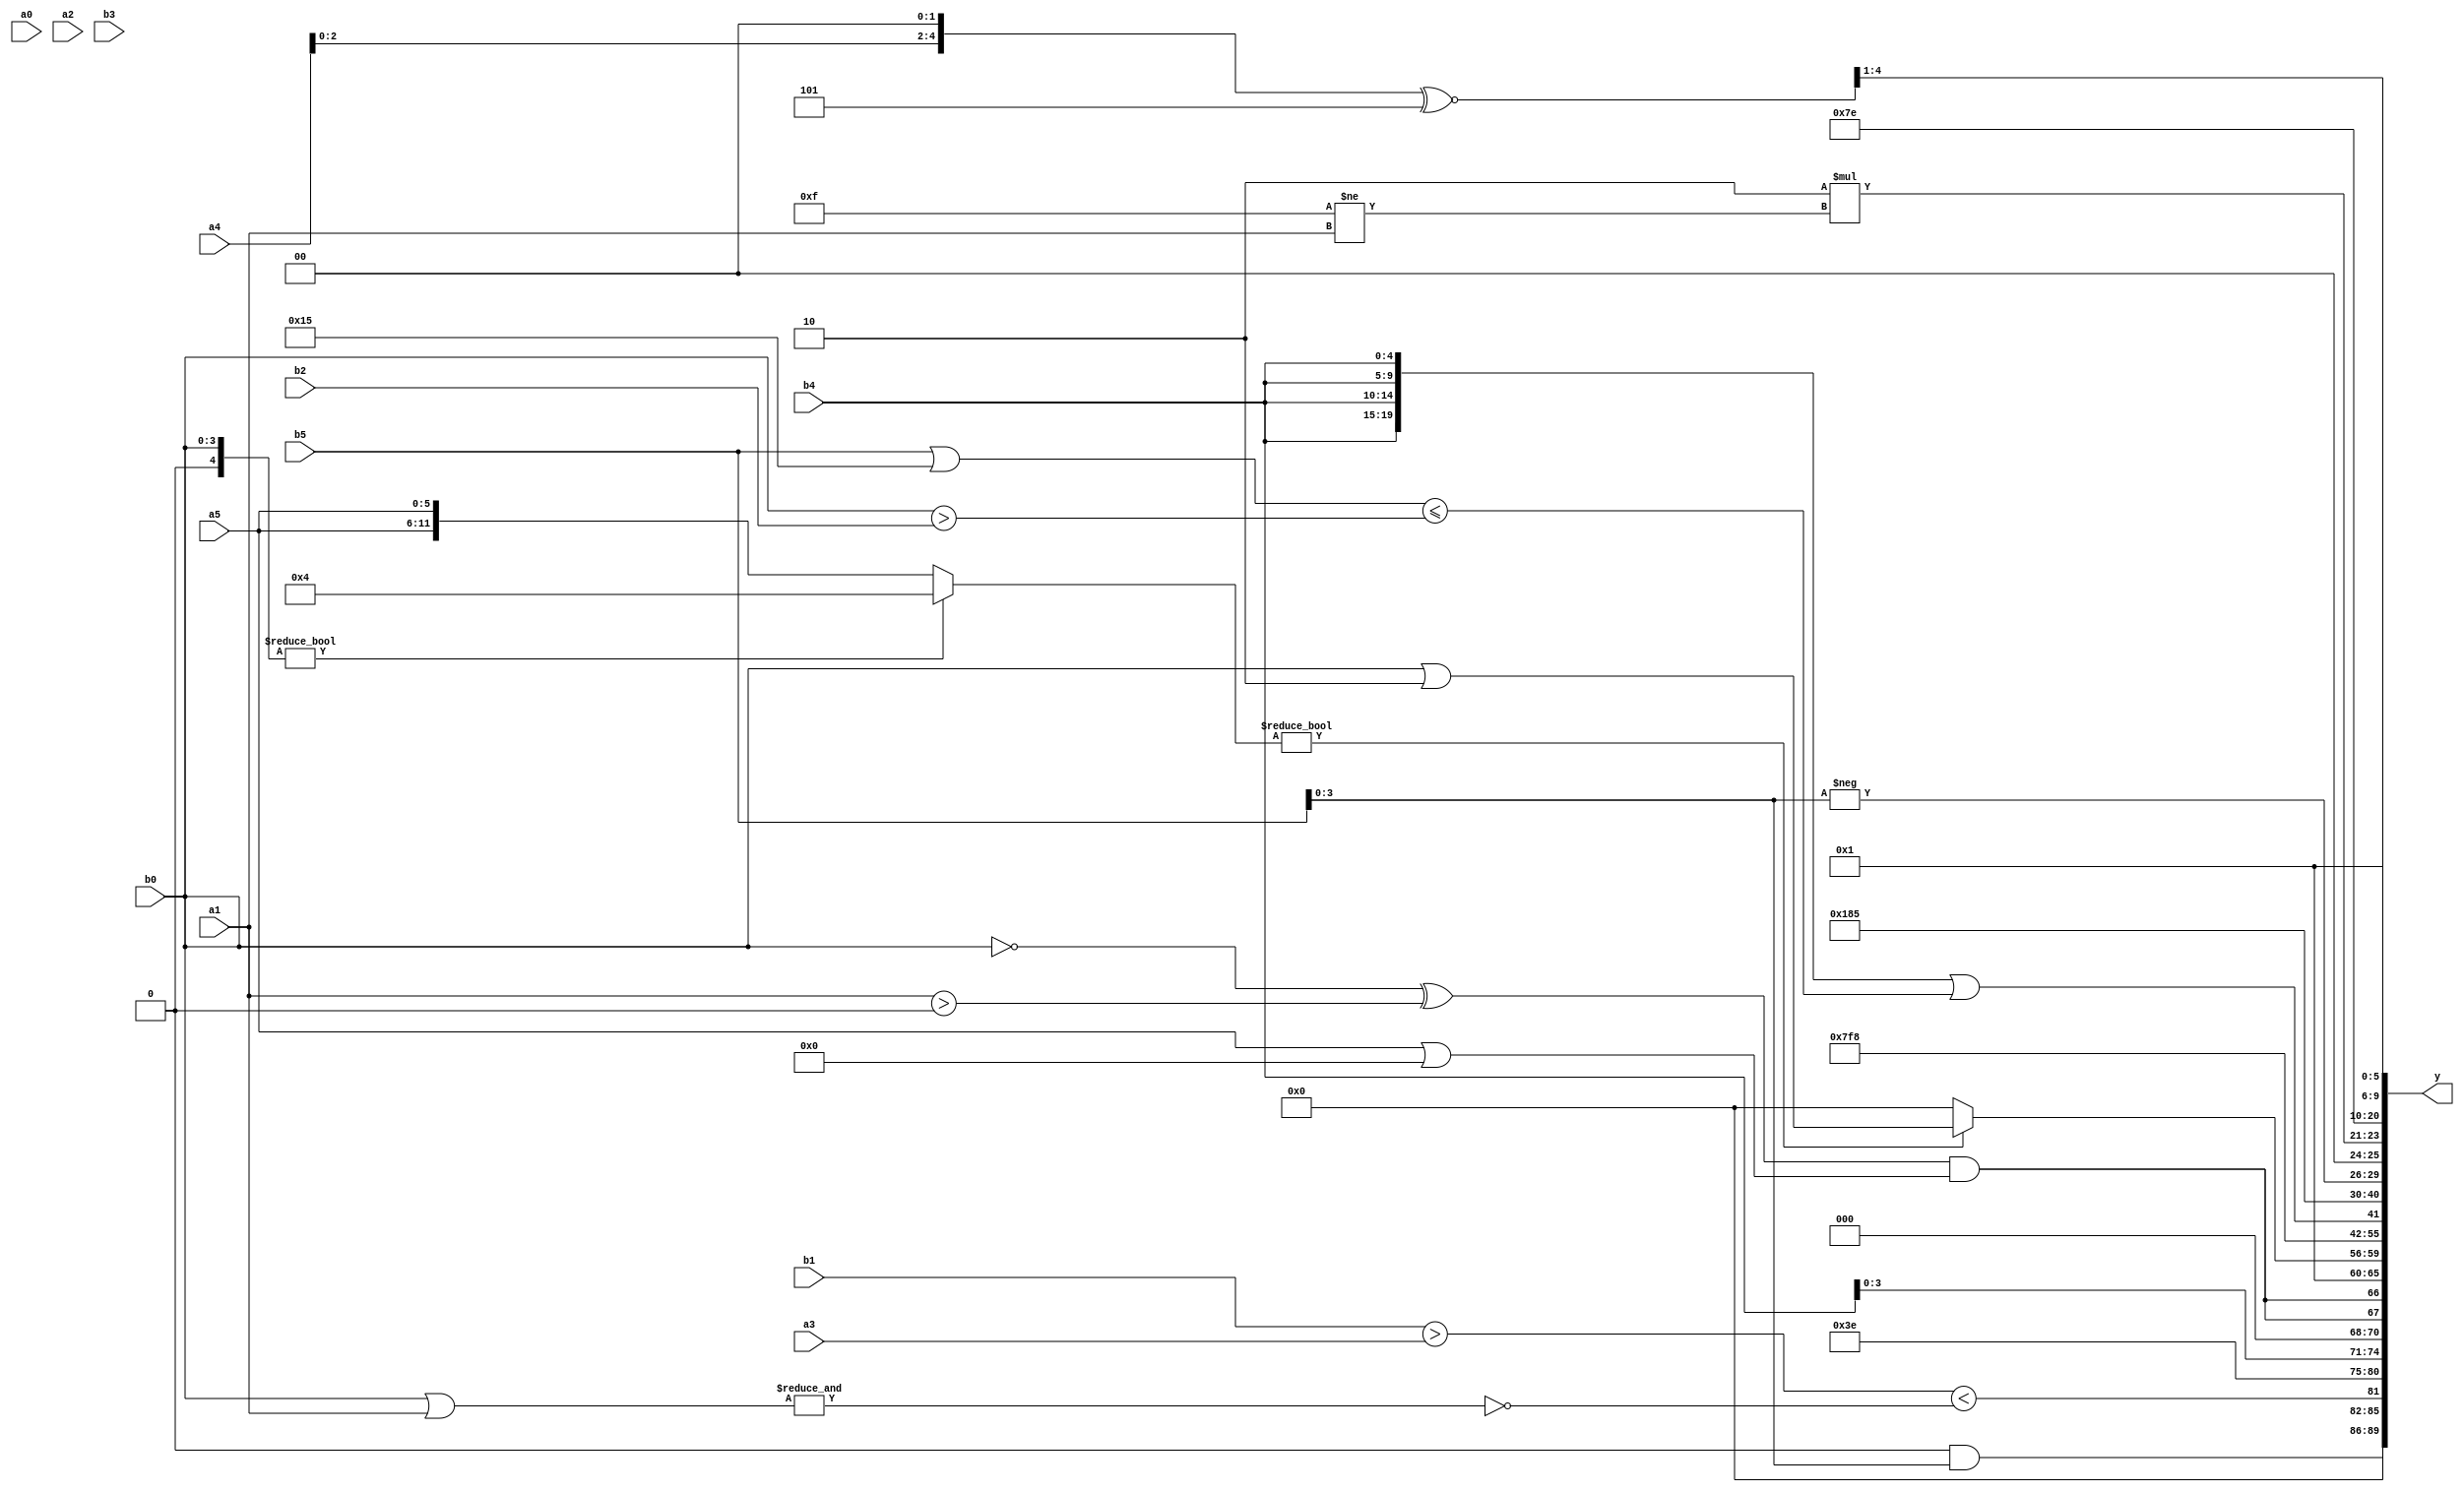
module expression_00105(a0, a1, a2, a3, a4, a5, b0, b1, b2, b3, b4, b5, y);
  input [3:0] a0;
  input [4:0] a1;
  input [5:0] a2;
  input signed [3:0] a3;
  input signed [4:0] a4;
  input signed [5:0] a5;

  input [3:0] b0;
  input [4:0] b1;
  input [5:0] b2;
  input signed [3:0] b3;
  input signed [4:0] b4;
  input signed [5:0] b5;

  wire [3:0] y0;
  wire [4:0] y1;
  wire [5:0] y2;
  wire signed [3:0] y3;
  wire signed [4:0] y4;
  wire signed [5:0] y5;
  wire [3:0] y6;
  wire [4:0] y7;
  wire [5:0] y8;
  wire signed [3:0] y9;
  wire signed [4:0] y10;
  wire signed [5:0] y11;
  wire [3:0] y12;
  wire [4:0] y13;
  wire [5:0] y14;
  wire signed [3:0] y15;
  wire signed [4:0] y16;
  wire signed [5:0] y17;

  output [89:0] y;
  assign y = {y0,y1,y2,y3,y4,y5,y6,y7,y8,y9,y10,y11,y12,y13,y14,y15,y16,y17};

  localparam [3:0] p0 = (~|((5'd2 * (!(3'd6)))?(~(5'sd7)):(5'sd8)));
  localparam [4:0] p1 = ((2'd1)!=(-4'sd5));
  localparam [5:0] p2 = ({(-5'sd9)}?((4'd6)?(-2'sd1):(2'd1)):((3'sd3)?(-2'sd0):(3'd3)));
  localparam signed [3:0] p3 = (((4'd0)?(-4'sd7):(5'd26))?(((5'd19)!=(3'd4))>=((5'd26)&(2'd1))):({3{(3'sd1)}}!=={4{(2'd3)}}));
  localparam signed [4:0] p4 = (((-2'sd0)&&(2'd2))?((2'd0)^(3'sd2)):((4'sd3)^(-5'sd3)));
  localparam signed [5:0] p5 = (^((5'd14)?(-2'sd1):(5'd22)));
  localparam [3:0] p6 = {2{{((-5'sd2)&&(5'd16)),((2'd3)|(3'd5))}}};
  localparam [4:0] p7 = {4{{4{(2'sd1)}}}};
  localparam [5:0] p8 = (~(2'd0));
  localparam signed [3:0] p9 = (+(5'd30));
  localparam signed [4:0] p10 = {({3{(5'd25)}}?((-2'sd0)==(3'sd3)):{(3'sd0),(3'd4)}),(3'sd2)};
  localparam signed [5:0] p11 = ((-3'sd0)<<(|((3'sd0)/(5'd13))));
  localparam [3:0] p12 = ((-3'sd1)^~(4'd11));
  localparam [4:0] p13 = ((((3'd0)?(2'd3):(3'd4))?((2'sd0)-(-3'sd1)):((2'd1)<<(-3'sd3)))+(((4'd14)<(-5'sd6))<<((5'd14)>(2'd0))));
  localparam [5:0] p14 = ((((3'sd2)!==(-4'sd0))-((2'd2)?(4'sd0):(4'd13)))>(((-3'sd3)>>(2'sd0))||((-5'sd14)-(4'sd2))));
  localparam signed [3:0] p15 = ((+({3{(-4'sd0)}}&&{(2'd0),(2'd3)}))?(|(~&(|{(2'd2),(3'd5),(5'sd14)}))):(((3'sd3)<(3'd3))>(~^(4'd6))));
  localparam signed [4:0] p16 = (~&(|(6'd2 * ((2'd0)||(3'd4)))));
  localparam signed [5:0] p17 = {2{({4{(-3'sd0)}}||{4{(5'd2)}})}};

  assign y0 = {4{(p16&b5)}};
  assign y1 = ({(b1>a3)}<(~&(b0|a1)));
  assign y2 = (((~|$signed((($unsigned(p14)<(5'd2 * p2))))))^~(((~&p12)||(p14*p14))^$signed((!(^p10)))));
  assign y3 = {3{{1{{2{{3{b4}}}}}}}};
  assign y4 = {2{(((!b0)^(a1>p14))&&((b2?a5:a5)||{2{p16}}))}};
  assign y5 = (2'd1);
  assign y6 = (((p3?b0:p1)?(4'd4):{2{a5}})?({4{p12}}?(b0|p10):(b2?b2:a2)):{1{(2'd0)}});
  assign y7 = $unsigned({$signed({4{p7}}),{(p14+p10),{1{a4}},(b0===a0)},{2{$signed(p17)}}});
  assign y8 = ((^{3{{p1,p13}}})?{(+(p7?p2:p6))}:{4{(|p1)}});
  assign y9 = ({2{{2{b4}}}}||{({1{(b5||p7)}}<=(b0>b2))});
  assign y10 = (5'sd6);
  assign y11 = (3'd5);
  assign y12 = {(+b2),(|p10),(-b5)};
  assign y13 = {2{{1{(5'd2 * (p6!=a1))}}}};
  assign y14 = $signed((a5?p17:p17));
  assign y15 = (p7?p6:p5);
  assign y16 = ((((a4>>p15)<<(3'sd2))^~(-3'sd3))>>(3'sd1));
  assign y17 = ((3'd6)?$signed(p1):{b4,a5});
endmodule